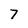
Character: 7